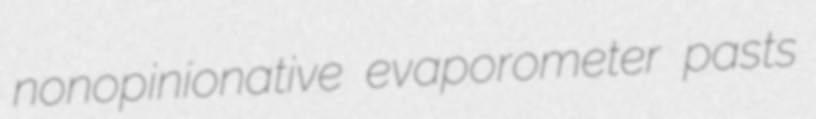
nonopinionative evaporometer pasts